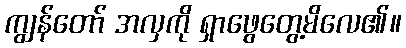
ကျွန်တော် အလှကို ရှာဖွေတွေ့မိလေ၏။